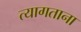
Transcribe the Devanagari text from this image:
त्यागताना